Senior Leaving Certificate Examination (including Day School Certificate (Higher) General paper), 1947
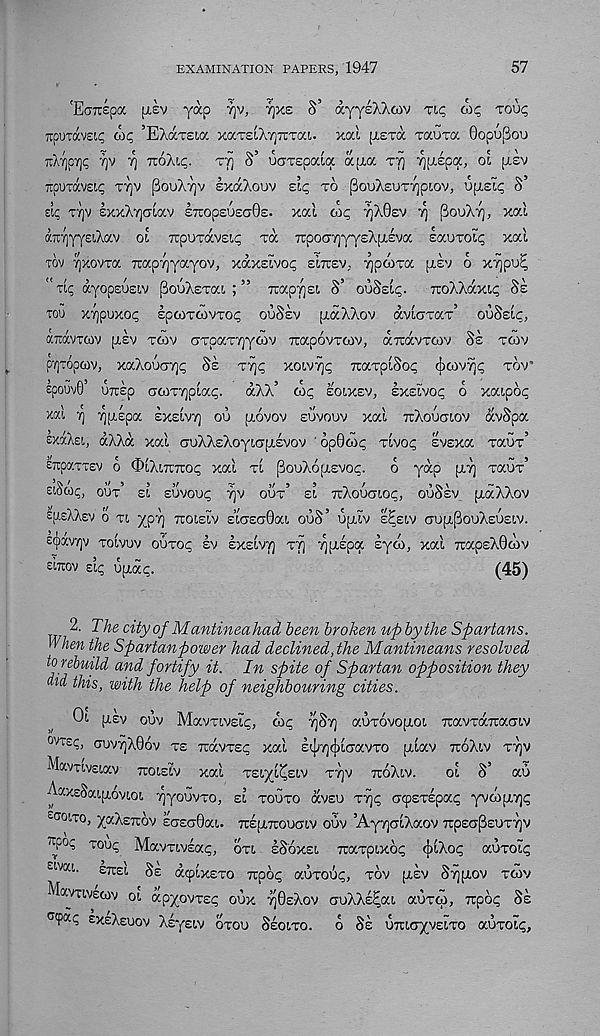
EXAMINATION PAPERS, 1947
57
'Eciuepoc piev yap tjv, tjxe S’ ayyeXXaiv Tip oifp toui;
TpuTOveip wp ’EAdcxeia xocT£iX7]7rTai. xai piera xauxa 0opu[3ou
xXY)pi)p 7]v
TioXip. XT) S’ UCTxepata apia xf] Tjpcepa, o't pisv
xpuTOcvsip T7)v jBouX-yjv IxaXouv sip xo PouXsuxvjpiov, upieip S’
etp xyjv ExxXijcriav iTcopsuscjOe. xoct, cop 7]X0ev Yj SouX'/j, xal
aTtrjYYeiXav oi Tcpoxavsi^ xa TrpoCTTjyysXpieva locuxoip xai
tov Tjxovxa TcapTjyayov, xaxeivo<p eircsv,. ^pcoxa piev o X7]pu^
"up aYopsusiv pooXsxai ; ” TrapyjEi S’ ouSeip. TroXXaxip Ss
too xvjpuxop Ipcoxcovxop ouSev [xaXXov aviGxax’ ouSsip,
aromcov piev xcov Gxpax7]ycov Tiapovxcov, octocvtcov Ss xwv
pyjTopcov, xaXouG7]p Ss x^p xoivrjp TtaxpiSop cjicov^p tov’
epouvB’ uicsp acox7]piap. aXX’ cop soixsv, sxsivop o xaipop
xai rj rjiispix exeivt) oo ptovov suvouv xai tuXouctiov avSpa
exaXsi, aXXa xai ciuXXsXoyiapisvov ' op0cop xivop svsxa xaux’
ETrpaxxev o OiXiitTOp xai xi pouXojJisvop.
o yap [i.7] xaux’
eiScop, out’ si suvoup 7)V out’ si TrXouaiop, ouSsv [xaXXov
ip-sXXsv o xi ypT) tuoisiv slazadoa ouS’ uptiv s^siv Gup,[3ouXsusiv.
£(j)xv7)v xoivuv ouxop sv SXSIVT) xf) ^pipa syco, xai 7iapsX0cov
eitiov sip upap.
(45)
2. The cityof Mantineahad been broken up by the Spartans.
When the Spartanpower had declined, the Mantineans resolved
to rebuild and fortify it. In spite of Spartan opposition they
did this, with the help of neighbouring cities.
Oi psv ouv Mavxivsip, cop 7)S7) auxovopoi TravxaTiaGiv
°Vi£p, cuv^X06v xs Travxsp xai s^-yjcjiiGavxo piav TtoXiv xt)v
Mavxivsiav ttoisiv xai xsiyi^siv xt)v ttoXiv.
oi S’ au
AaxsSaipovioi 7)youvxo, si xouxo avsu X7]p Gtpsxspap yvcopyjp
£ coi,to, yaXsTtov kaeadoa. TrspirouGiv ouv ’AyrjaiXaov TrpscjpsuxTjv
^P°P xoup Mavxivsap, oxi sSoxsi iraxpixop cjiiXop auxoip
ElVKt " E7r£l Ss acpixsxo Ttpop auxoup, xov psv S^pov xcov
Mavxivecov oi apyovxsp oux 7)0sXov auXXs^ai auxcp, irpop Ss
cxpap sxsXsuov Xsyeiv oxou Ssoixo. o Ss UTUCTyvsixo auxoip.